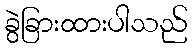
ခွဲခြားထားပါသည်